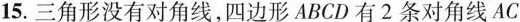
15.三角形没有对角线，四边形ABCD有2条对角线AC